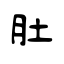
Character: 肚